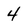
Character: 4